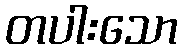
တပါးသော